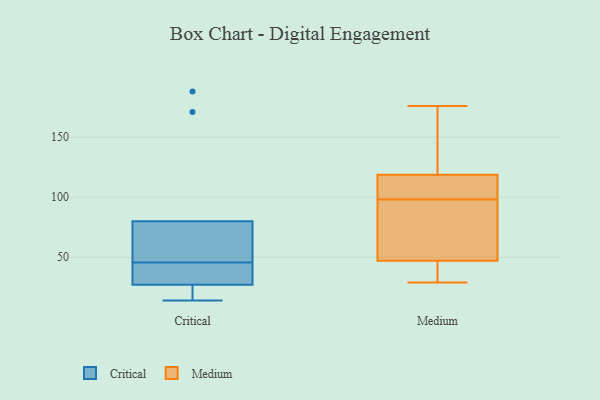
{"axis": {"x": "Budget (USD K)", "y": "Value"}, "legend": ["Critical", "Medium"], "data": [{"x": "", "y": 171, "type": "Critical"}, {"x": "", "y": 31, "type": "Critical"}, {"x": "", "y": 56, "type": "Critical"}, {"x": "", "y": 26, "type": "Critical"}, {"x": "", "y": 14, "type": "Critical"}, {"x": "", "y": 35, "type": "Critical"}, {"x": "", "y": 80, "type": "Critical"}, {"x": "", "y": 188, "type": "Critical"}, {"x": "", "y": 62, "type": "Critical"}, {"x": "", "y": 27, "type": "Critical"}, {"x": "", "y": 80, "type": "Medium"}, {"x": "", "y": 110, "type": "Medium"}, {"x": "", "y": 59, "type": "Medium"}, {"x": "", "y": 29, "type": "Medium"}, {"x": "", "y": 176, "type": "Medium"}, {"x": "", "y": 119, "type": "Medium"}, {"x": "", "y": 174, "type": "Medium"}, {"x": "", "y": 31, "type": "Medium"}, {"x": "", "y": 118, "type": "Medium"}, {"x": "", "y": 162, "type": "Medium"}, {"x": "", "y": 40, "type": "Medium"}, {"x": "", "y": 108, "type": "Medium"}, {"x": "", "y": 98, "type": "Medium"}, {"x": "", "y": 43, "type": "Medium"}, {"x": "", "y": 86, "type": "Medium"}]}